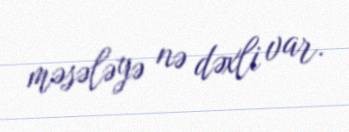
məsələyə nə dəxli var.